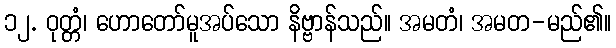
၁၂. ဝုတ္တံ၊ ဟောတော်မူအပ်သော နိဗ္ဗာန်သည်။ အမတံ၊ အမတ-မည်၏။